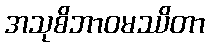
အသုစိဘာဝမဿိတာ